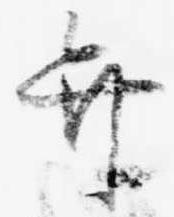
弁